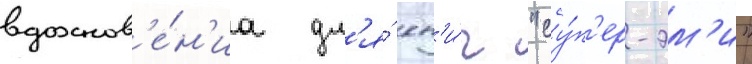
вдохнов'е́н'иа дл'я́ кн'и́г "су́п'ер-эм'и"